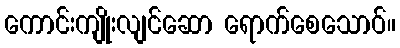
ကောင်းကျိုးလျင်ဆော ရောက်စေသောဝ်။